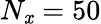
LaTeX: N_{\mathit{x}}=50